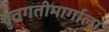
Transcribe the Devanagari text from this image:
द्रुतगतीमार्गाला